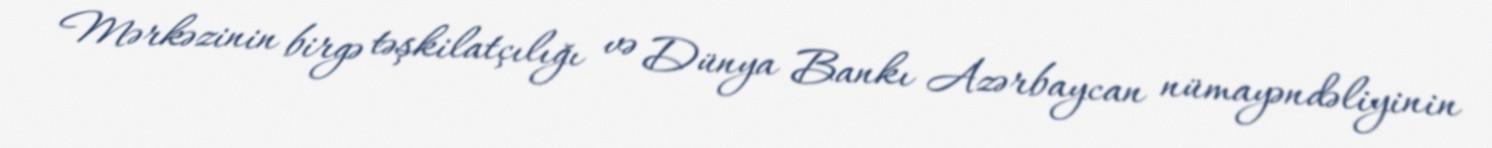
Mərkəzinin birgə təşkilatçılığı və Dünya Bankı Azərbaycan nümayəndəliyinin